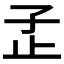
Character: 𰌠